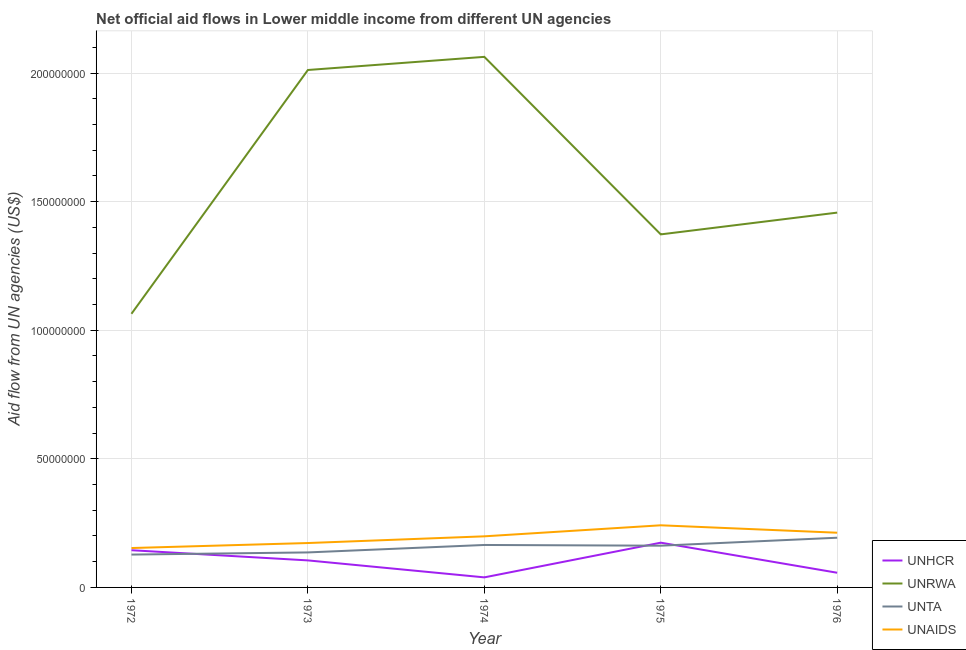
| Year | UNHCR | UNRWA | UNTA | UNAIDS |
 | --- | --- | --- | --- | --- |
 | 1972 | 1.45e+07 | 1.06e+08 | 1.28e+07 | 1.53e+07 |
 | 1973 | 1.05e+07 | 2.01e+08 | 1.36e+07 | 1.73e+07 |
 | 1974 | 3.91e+06 | 2.06e+08 | 1.65e+07 | 1.99e+07 |
 | 1975 | 1.74e+07 | 1.37e+08 | 1.62e+07 | 2.42e+07 |
 | 1976 | 5.71e+06 | 1.46e+08 | 1.93e+07 | 2.13e+07 |